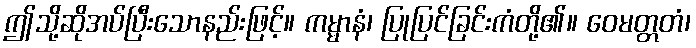
ဤသို့ဆိုအပ်ပြီးသောနည်းဖြင့်။ ကမ္မာနံ၊ ပြုပြင်ခြင်းကံတို့၏။ ဝေမတ္တတံ၊